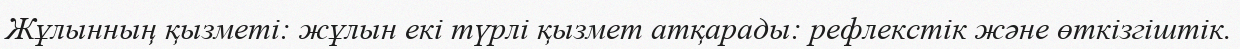
Жұлынның қызметі: жұлын екі түрлі қызмет атқарады: рефлекстік және өткізгіштік.